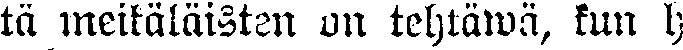
tä meikäläisten on tehtäwä, kun h